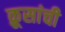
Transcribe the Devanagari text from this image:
क्रूसांची